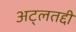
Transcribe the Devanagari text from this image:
अट्लतद्दी